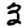
Digit: 3